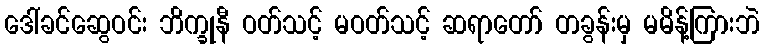
ဒေါ်ခင်ဆွေဝင်း ဘိက္ခုနီ ဝတ်သင့် မဝတ်သင့် ဆရာတော် တခွန်းမှ မမိန့်ကြားဘဲ